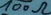
Text: 100Ω